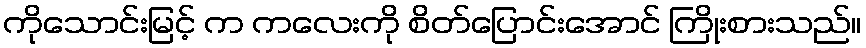
ကိုသောင်းမြင့် က ကလေးကို စိတ်ပြောင်းအောင် ကြိုးစားသည်။